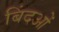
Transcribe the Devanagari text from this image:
बिंदओं